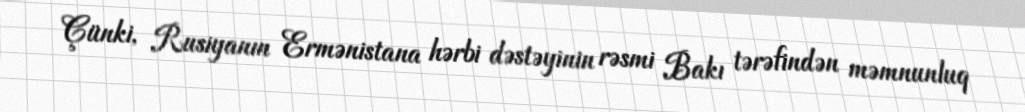
Çünki, Rusiyanın Ermənistana hərbi dəstəyinin rəsmi Bakı tərəfindən məmnunluq